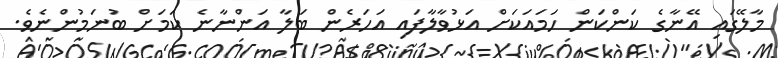
މާލޭގައި އޭނާގެ ކަންކަން ހަމައަކަށް އަޅުވާލާފައި އަހަރެން ބަލާ އަންނާނެ ކަމަށް ބުނަމުންނެވެ.